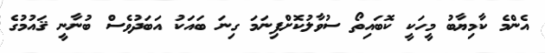
އެންމެ ކާމިޔާބު މީހަކީ ކޮބައިތޯ ސުވާލުކޮށްފިނަމަ ގިނަ ބައަކު އަބަދުވެސް ބުނާނީ ޤައުމުގެ